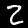
Digit: 2